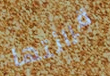
قرائتها